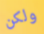
ولكن